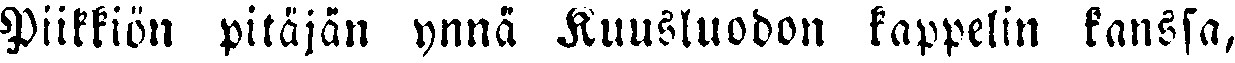
Piikkiön pitäjän ynnä Kuusluodon kappelin kanssa,